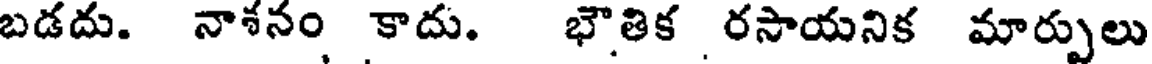
బడదు. నాశనం కాదు. భౌతిక రసాయనిక మార్పులు